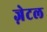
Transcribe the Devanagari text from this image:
ज़ेटल